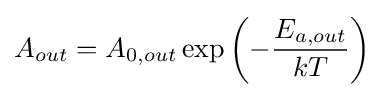
A_{out}=A_{0,out}\exp \left(-{\frac {E_{a,out}}{kT}}\right)